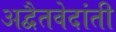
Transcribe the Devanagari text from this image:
अद्वैतवेदांती